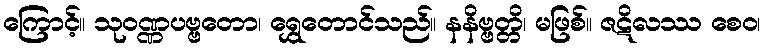
ကြောင့်။ သုဝဏ္ဏပဗ္ဗတော၊ ရွှေတောင်သည်။ နနိဗ္ဗတ္တိ၊ မဖြစ်။ ဇဋိလဿ စေဝ၊